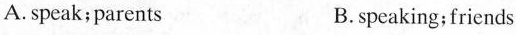
A.speak; parents B.speaking;friends